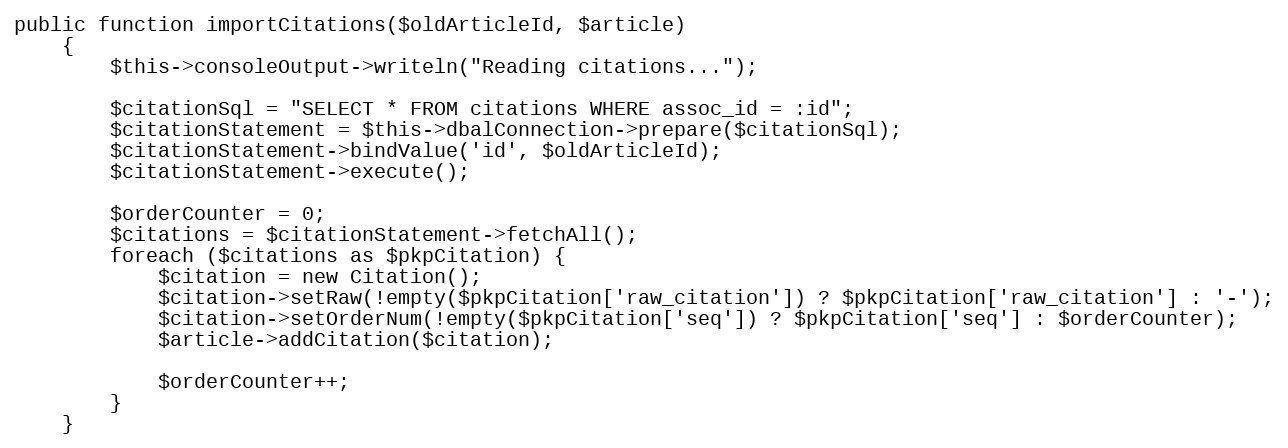
Language: PHP
public function importCitations($oldArticleId, $article)
    {
        $this->consoleOutput->writeln("Reading citations...");

        $citationSql = "SELECT * FROM citations WHERE assoc_id = :id";
        $citationStatement = $this->dbalConnection->prepare($citationSql);
        $citationStatement->bindValue('id', $oldArticleId);
        $citationStatement->execute();

        $orderCounter = 0;
        $citations = $citationStatement->fetchAll();
        foreach ($citations as $pkpCitation) {
            $citation = new Citation();
            $citation->setRaw(!empty($pkpCitation['raw_citation']) ? $pkpCitation['raw_citation'] : '-');
            $citation->setOrderNum(!empty($pkpCitation['seq']) ? $pkpCitation['seq'] : $orderCounter);
            $article->addCitation($citation);

            $orderCounter++;
        }
    }